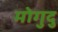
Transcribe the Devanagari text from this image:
मोगुदु